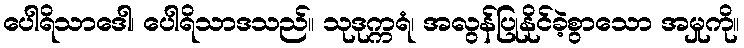
ပေါရိသာဒေါ၊ ပေါရိသာဒသည်။ သုဒုက္ကရံ၊ အလွန်ပြုနိုင်ခဲ့စွာသော အမှုကို။